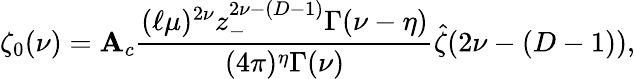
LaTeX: \zeta_{0}(\nu)={\cal\mathbf{A}}_{c}{\frac{{(\ell\mu)^{2\nu}z_{-}^{2\nu-(D-1)}\Gamma(\nu-\eta)}}{{(4\pi)^{\eta}\Gamma(\nu)}}}\hat{{\zeta}}(2\nu-(D-1)),